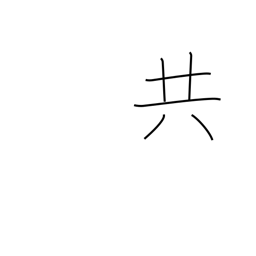
Meaning: all